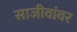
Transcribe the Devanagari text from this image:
साजीवांवर